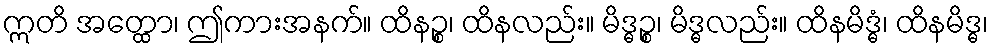
ဣတိ အတ္ထော၊ ဤကားအနက်။ ထိနဉ္စ၊ ထိနလည်း။ မိဒ္ဓဉ္စ၊ မိဒ္ဓလည်း။ ထိနမိဒ္ဓံ၊ ထိနမိဒ္ဓ၊